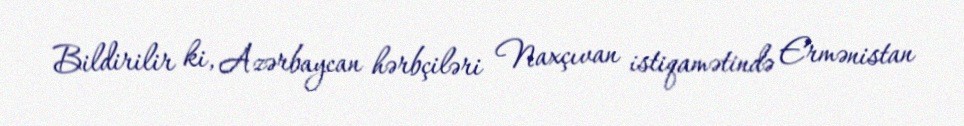
Bildirilir ki, Azərbaycan hərbçiləri Naxçıvan istiqamətində Ermənistan